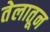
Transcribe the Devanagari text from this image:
तेलातून